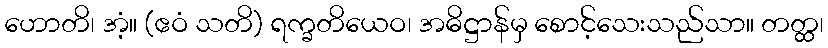
ဟောတိ၊ အံ့။ (ဧဝံ သတိ) ရက္ခတိယေဝ၊ အဓိဋ္ဌာန်မှ စောင့်သေးသည်သာ။ တတ္ထ၊